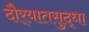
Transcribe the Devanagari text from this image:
दौर्‍यातसुद्धा